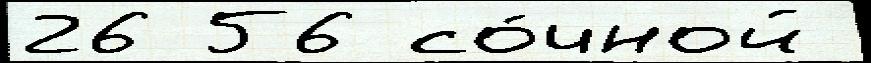
26 56 со́чной